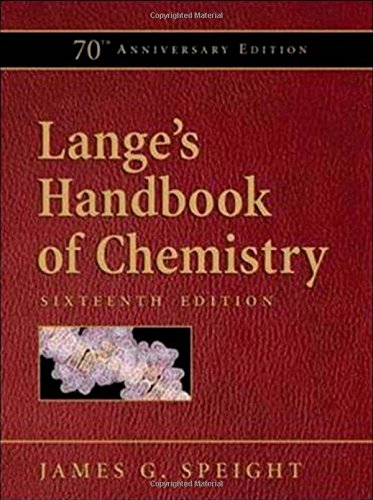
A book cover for Lange's Handbook of Chemistry, 70th Anniversary Edition; James Speight; Science & Math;